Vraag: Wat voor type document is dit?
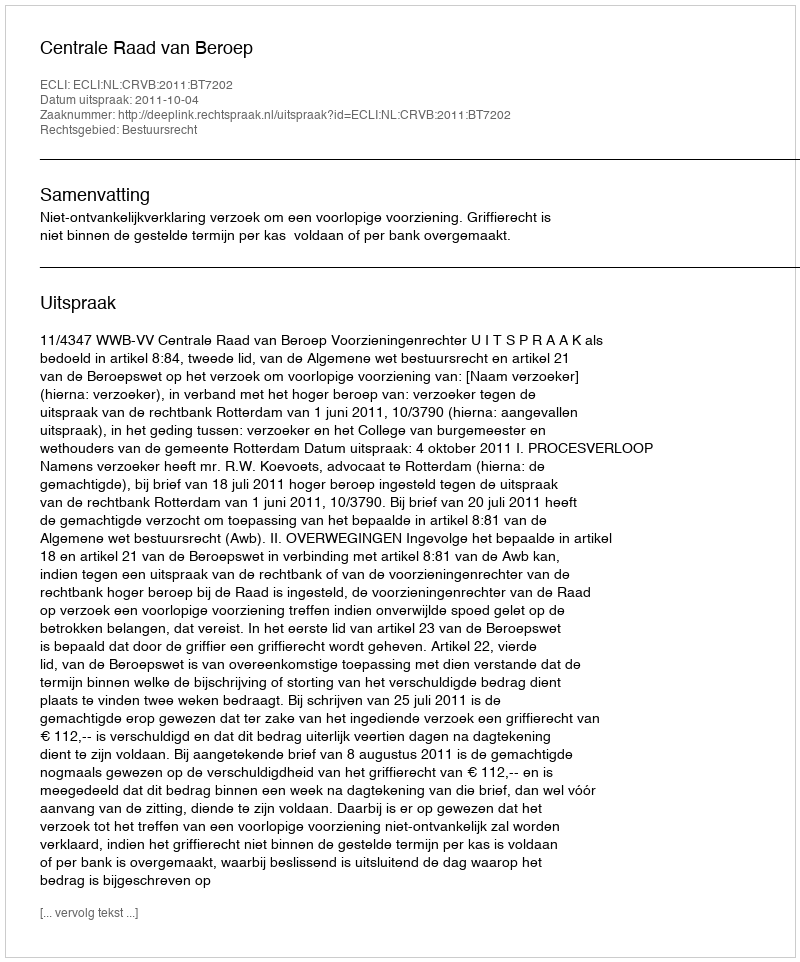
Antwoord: Uitspraak